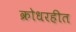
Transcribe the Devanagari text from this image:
क्रोधरहीत